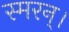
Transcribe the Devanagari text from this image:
स्मरन्‌।